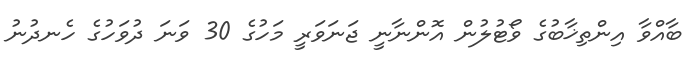
ބާއްވާ އިންތިޚާބުގެ ވޯޓުލުން އޮންނާނީ ޖަނަވަރީ މަހުގެ 30 ވަނަ ދުވަހުގެ ހެނދުނު